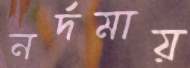
নর্দমায়